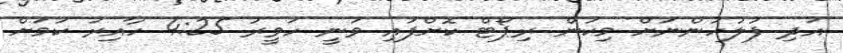
އަދި ފުލުހުންނަށް މިކަން ރިޕޯޓް ކޮށްފައި ވަނީ ހަވީރު 4:25 ހާއިރު ކަމަށް